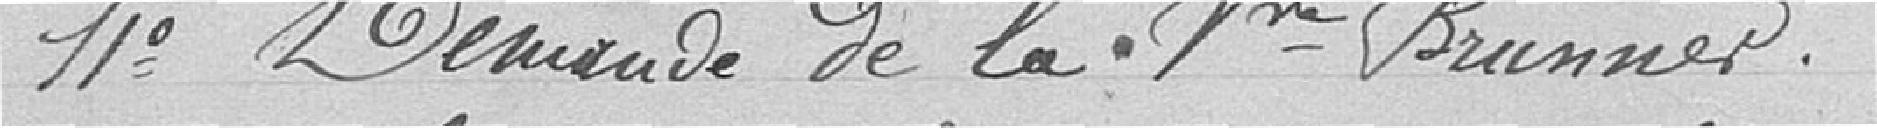
11° Demande de la Veuve Brunner